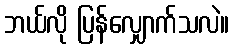
ဘယ်လို ပြန်လျှောက်သလဲ။